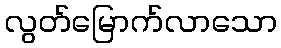
လွတ်မြောက်လာသော